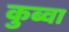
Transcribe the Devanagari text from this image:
कुब्वा